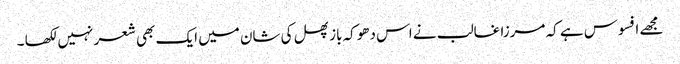
مجھے افسوس ہے کہ مرزا غالب نے اس دھوکہ باز پھل کی شان میں ایک بھی شعر نہیں لکھا ۔